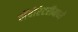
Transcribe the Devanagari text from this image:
लॅबोरेटरीमध्ये